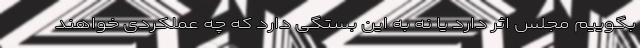
بگوییم مجلس اثر دارد یا نه به این بستگی دارد که چه عملکردی خواهند